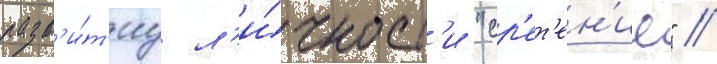
разв'и́т'иу л'и́чност'и "ср'ет'ен'ие" //